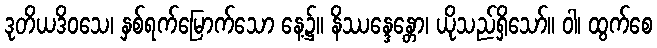
ဒုတိယဒိဝသေ၊ နှစ်ရက်မြောက်သော နေ့၌။ နိဿန္ဒေန္တော၊ ယိုသည်ရှိသော်။ ဝါ၊ ထွက်စေ